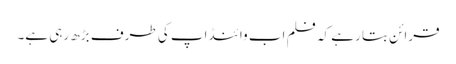
قرائن بتا رہے کہ فلم اب وائنڈ اپ کی طرف بڑھ رہی ہے۔